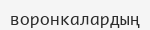
воронкалардың